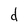
Character: d